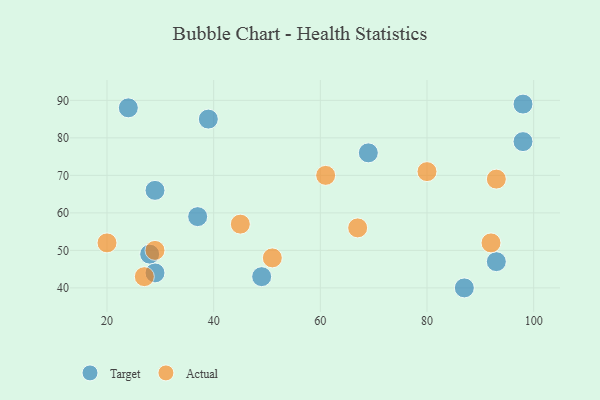
{"axis": {"x": "GDP", "y": "Life Expectancy"}, "legend": ["Actual", "Target"], "data": [{"x": "29", "y": 44, "type": "Target"}, {"x": "87", "y": 40, "type": "Target"}, {"x": "98", "y": 89, "type": "Target"}, {"x": "24", "y": 88, "type": "Target"}, {"x": "39", "y": 85, "type": "Target"}, {"x": "28", "y": 49, "type": "Target"}, {"x": "37", "y": 59, "type": "Target"}, {"x": "98", "y": 79, "type": "Target"}, {"x": "93", "y": 47, "type": "Target"}, {"x": "49", "y": 43, "type": "Target"}, {"x": "69", "y": 76, "type": "Target"}, {"x": "29", "y": 66, "type": "Target"}, {"x": "27", "y": 43, "type": "Actual"}, {"x": "51", "y": 48, "type": "Actual"}, {"x": "92", "y": 52, "type": "Actual"}, {"x": "29", "y": 50, "type": "Actual"}, {"x": "45", "y": 57, "type": "Actual"}, {"x": "20", "y": 52, "type": "Actual"}, {"x": "93", "y": 69, "type": "Actual"}, {"x": "67", "y": 56, "type": "Actual"}, {"x": "61", "y": 70, "type": "Actual"}, {"x": "80", "y": 71, "type": "Actual"}]}